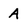
Character: A